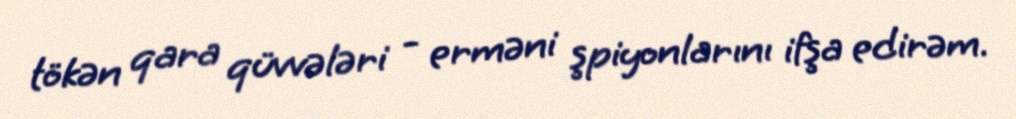
tökən qara qüvvələri - erməni şpiyonlarını ifşa edirəm.